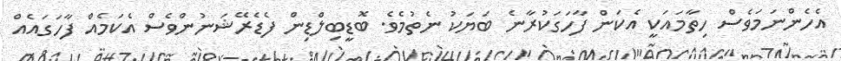
އެހެންނަމަވެސް ހިތާމައަކީ އެކަން ފާހަގަކުރާނެ ބަޔަކު ނެތުމެވެ. ބޮޑީބިލްޑިން ފެޑެރޭޝަނުންވެސް އެކަމެއް ފާހަގައެއް